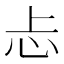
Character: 忐